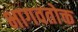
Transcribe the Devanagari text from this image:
भागवतोक्त